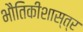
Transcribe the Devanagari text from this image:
भौतिकीशास्त्र